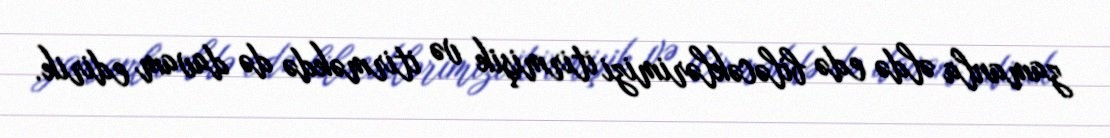
zamanla əldə edə biləcəklərimizi itirmişik və itirməkdə də davam edirik.